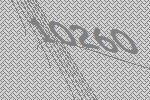
10260